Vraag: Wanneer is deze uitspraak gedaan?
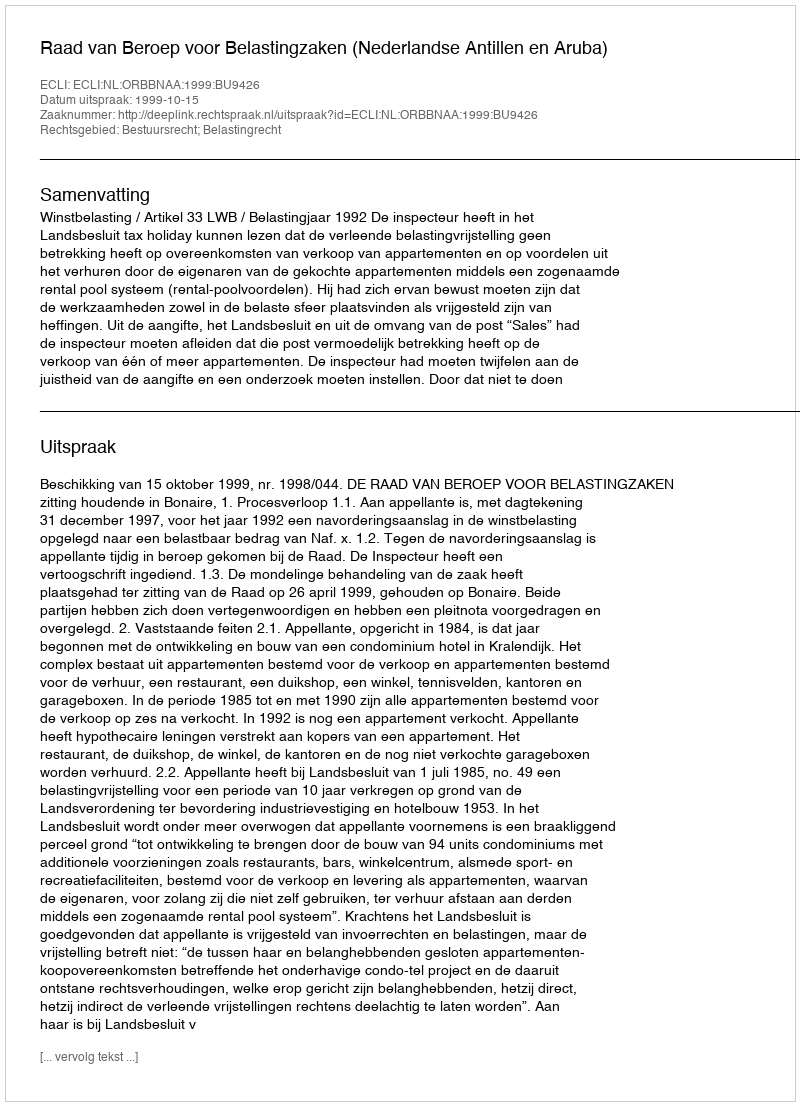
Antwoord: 1999-10-15